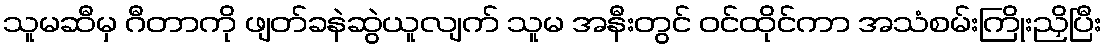
သူမဆီမှ ဂီတာကို ဖျတ်ခနဲဆွဲယူလျက် သူမ အနီးတွင် ဝင်ထိုင်ကာ အသံစမ်းကြိုးညှိပြီး